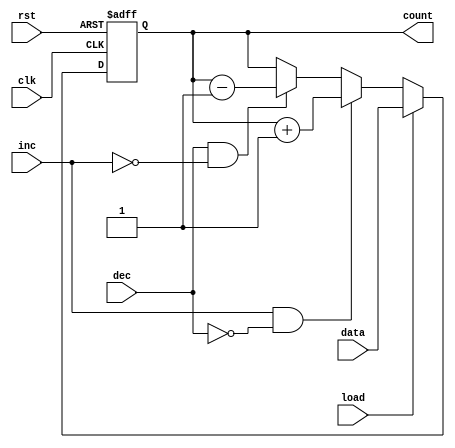
module async_load_counter (
    input wire clk,          // Clock input
    input wire rst,          // Asynchronous reset
    input wire load,         // Load control signal
    input wire [3:0] data,   // Data input for loading
    input wire inc,          // Increment control signal
    input wire dec,          // Decrement control signal
    output reg [3:0] count   // Current count output
);

    // Asynchronous reset
    always @(posedge clk or posedge rst) begin
        if (rst) begin
            count <= 4'b0000; // Reset count to 0
        end else if (load) begin
            count <= data;    // Load the data value into count
        end else if (inc && !dec) begin
            count <= count + 1; // Increment count
        end else if (dec && !inc) begin
            count <= count - 1; // Decrement count
        end
    end

endmodule